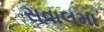
સવાલમા